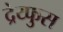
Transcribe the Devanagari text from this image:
द्रेय्फुस